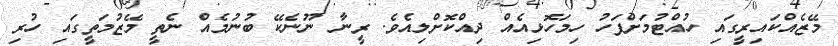
މޭޒެއްކައިރީގައި ހުއްޓުމަށްފަހު ހިމަހޮޅިއެއް ދިއްކޮށްލިއެވެ. ރީނާ ނޫނެކޭ ބުނުމެއް ނެތީ މޭޒުމަތީގައި ހުރި